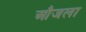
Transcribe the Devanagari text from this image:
औजला